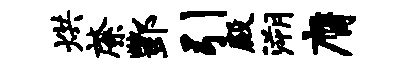
烘綮酆引殿溯膺